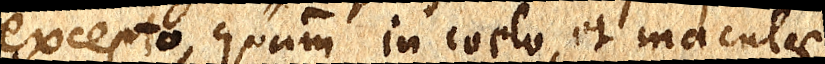
excepto, quam in coelo, et maculae